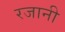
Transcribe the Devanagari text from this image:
रजानी